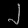
Digit: ၂